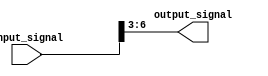
module part_select_assign (
    input [7:0] input_signal,
    output reg [3:0] output_signal
);

initial begin
    output_signal = input_signal[6:3]; // Assign bits 6 to 3 from input_signal to output_signal
end

endmodule